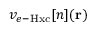
v _ { e - \mathrm { H x c } } [ n ] ( \mathbf { r } )